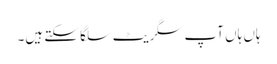
ہاں ہاں آپ سگریٹ سلگا سکتے ہیں۔